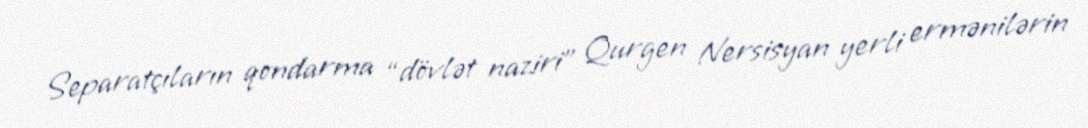
Separatçıların qondarma “dövlət naziri” Qurgen Nersisyan yerli ermənilərin